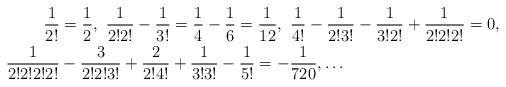
LaTeX: \begin{align*}\frac{1}{2!} & =\frac{1}{2},\thinspace\thinspace\frac{1}{2!2!}-\frac{1}{3!}=\frac{1}{4}-\frac{1}{6}=\frac{1}{12},\thinspace\thinspace\frac{1}{4!}-\frac{1}{2!3!}-\frac{1}{3!2!}+\frac{1}{2!2!2!}=0,\\\frac{1}{2!2!2!2!} & -\frac{3}{2!2!3!}+\frac{2}{2!4!}+\frac{1}{3!3!}-\frac{1}{5!}=-\frac{1}{720},\dots\end{align*}